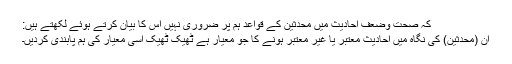
کہ صحت وضعفِ احادیث میں محدثین کے قواعد ہم پر ضروری نہیں اس کا بیان کرتے ہوئے لکھتے ہیں:
ان (محدثین) کی نگاہ میں احادیث معتبر یا غیر معتبر ہونے کا جو معیار ہے ٹھیک ٹھیک اسی معیار کی ہم پابندی کردیں۔